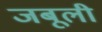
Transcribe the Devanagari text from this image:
जबूली